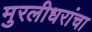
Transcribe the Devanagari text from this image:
मुरलीधरांचा